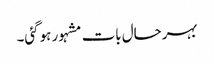
بہرحال بات مشہور ہوگئی۔